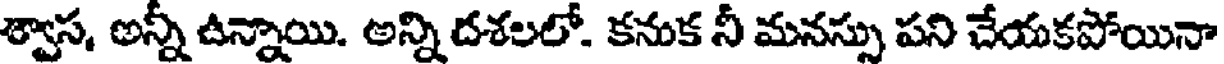
శ్వాస, అన్నీ ఉన్నాయి. అన్ని దశలలో. కనుక నీ మనస్సు పని చేయకపోయినా